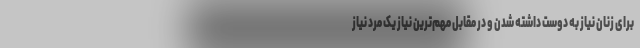
برای زنان نیاز به دوست داشته شدن و در مقابل مهم‌ترین نیاز یک مرد نیاز